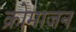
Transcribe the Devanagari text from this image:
क्रोमाजन